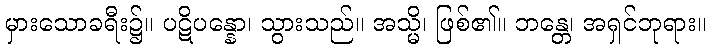
မှားသောခရီး၌။ ပဋိပန္နော၊ သွားသည်။ အသ္မိ၊ ဖြစ်၏။ ဘန္တေ၊ အရှင်ဘုရား။